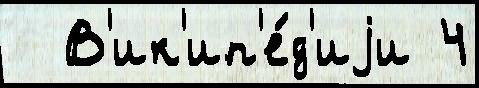
  В'ик'ип'е́д'иjи 4